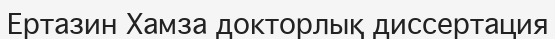
Ертазин Хамза докторлық диссертация